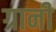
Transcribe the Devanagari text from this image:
ग्रानी